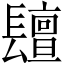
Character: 𨲵